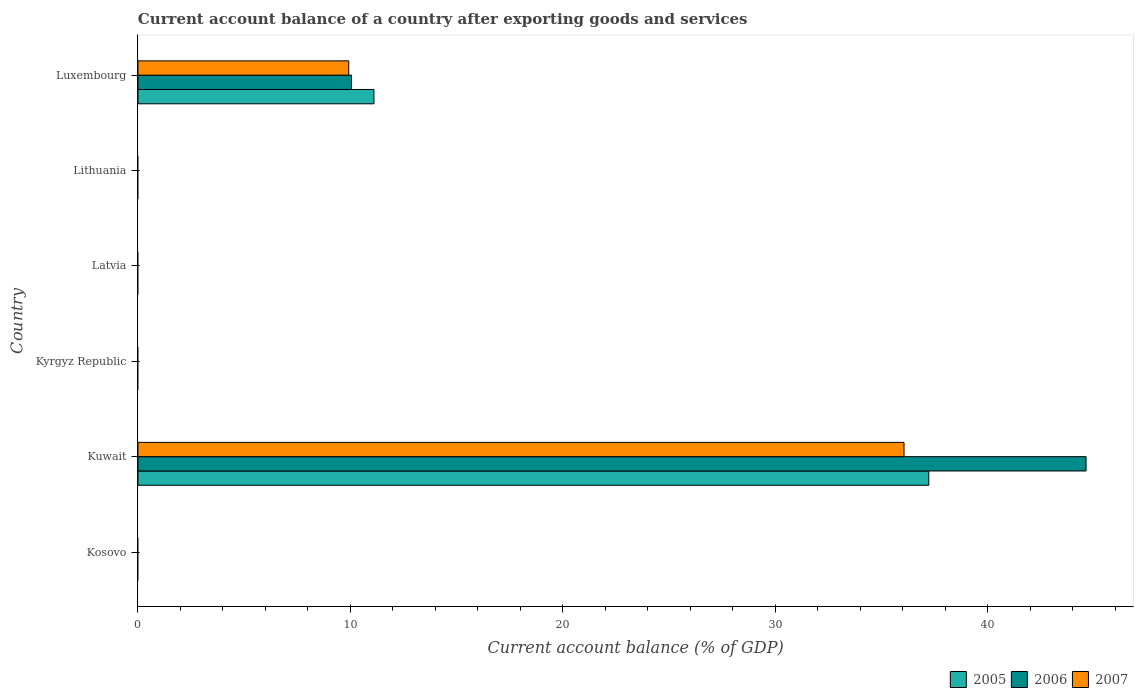
| Country | 2005 | 2006 | 2007 |
 | --- | --- | --- | --- |
 | Kosovo | -8.24 | -6.95 | -10 |
 | Kuwait | 37.2 | 44.6 | 36.1 |
 | Kyrgyz Republic | -1.52 | -10.1 | -5.99 |
 | Latvia | -11.8 | -21.1 | -20.8 |
 | Lithuania | -7.17 | -10.4 | -14.6 |
 | Luxembourg | 11.1 | 10 | 9.92 |